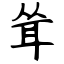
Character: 耸